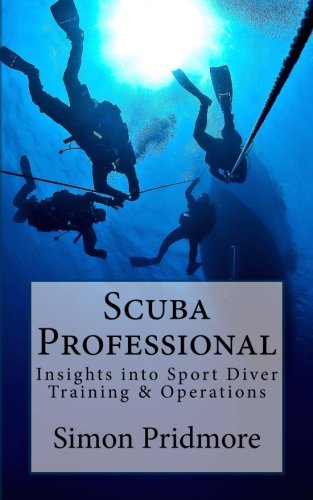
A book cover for Scuba Professional: Insights into Sport Diver Training & Operations; Simon Pridmore; Sports & Outdoors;